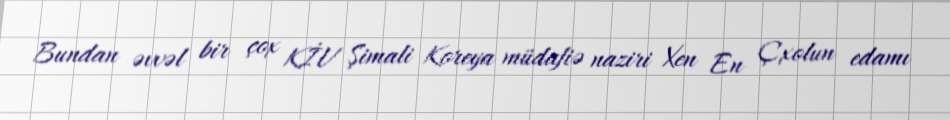
Bundan əvvəl bir çox KİV Şimali Koreya müdafiə naziri Xen En Çxolun edamı